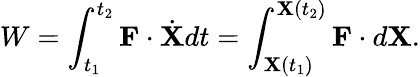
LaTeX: W=\int_{t_{1}}^{t_{2}}\mathbf{F}\cdot{\dot{\mathbf{X}}}dt=\int_{\mathbf{X}(t_{1})}^{\mathbf{X}(t_{2})}\mathbf{F}\cdot d\mathbf{X}.